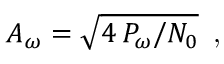
A _ { \omega } = \sqrt { 4 \, P _ { \omega } / N _ { 0 } } \, \textrm { , }